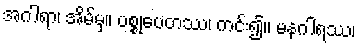
အဂါရာ၊ အိမ်မှ။ ပစ္စုပေတဿ၊ ကင်း၍။ မနဂါရဿ၊